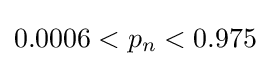
0.0006<p_{n}<0.975